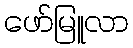
ဖော်မြူလာ